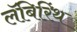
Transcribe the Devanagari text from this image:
लॅबिरिंथ